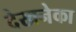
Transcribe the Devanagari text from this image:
देखनेका